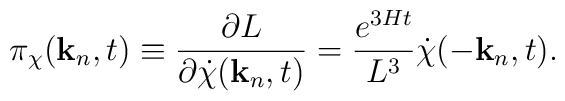
\pi_{\chi}({\bf k}_n,t) \equiv\frac{\partial L}{\partial {\dot \chi}({\bf k}_n,t)}=\frac{e^{3Ht}}{L^3} {\dot \chi}(-{\bf k}_n,t).